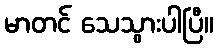
မာတင် သေသွားပါပြီ။